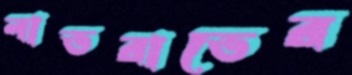
লাভরাভের